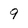
Character: 9